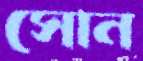
সোন